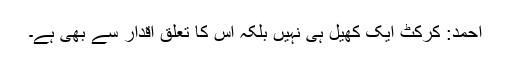
احمد: کرکٹ ایک کھیل ہی نہیں بلکہ اس کا تعلق اقدار سے بھی ہے۔